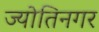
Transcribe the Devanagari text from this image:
ज्योतिनगर